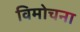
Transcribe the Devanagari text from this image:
विमोचना